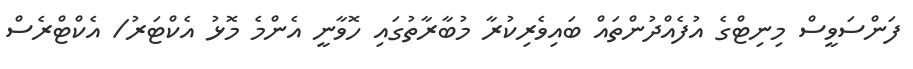
ފަންސަވީސް މިނިޓްގެ އުފެއްދުންތައް ބައިވެރިކުރާ މުބާރާތުގައި ހޮވާނީ އެންމެ މޮޅު އެކްޓަރު/ އެކްޓްރެސް